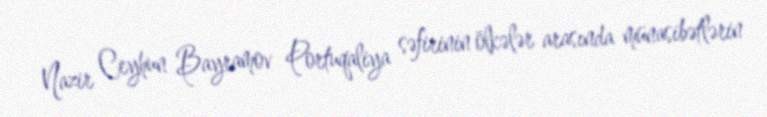
Nazir Ceyhun Bayramov Portuqaliya səfirinin ölkələr arasında münasibətlərin